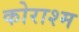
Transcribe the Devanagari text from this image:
कोराश्म